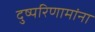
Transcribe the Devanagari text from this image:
दुष्परिणामांना